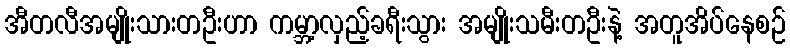
အီတလီအမျိုးသားတဦးဟာ ကမ္ဘာ့လှည့်ခရီးသွား အမျိုးသမီးတဦးနဲ့ အတူအိပ်နေစဉ်